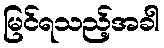
မြင်ရသည့်အခါ